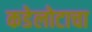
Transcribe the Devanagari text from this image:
कडेलोटाचा